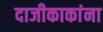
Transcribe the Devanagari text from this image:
दाजीकाकांना